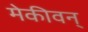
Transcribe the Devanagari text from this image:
मेकीवन्